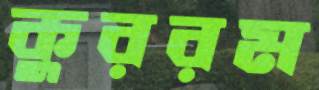
কুররম